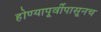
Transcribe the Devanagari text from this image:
होण्यापूर्वीपासूनच